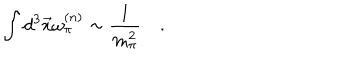
LaTeX: \int d ^ { 3 } \vec { x } \omega _ { \pi } ^ { ( n ) } \sim \frac { 1 } { m _ { \pi } ^ { 2 } } \quad .